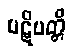
ပဋိပတ္တိ